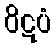
ဝိဋပံ